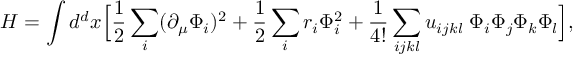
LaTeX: { \cal H } = \int d ^ { d } x \Bigl [ { \frac { 1 } { 2 } } \sum _ { i } ( \partial _ { \mu } \Phi _ { i } ) ^ { 2 } + { \frac { 1 } { 2 } } \sum _ { i } r _ { i } \Phi _ { i } ^ { 2 } + { \frac { 1 } { 4 ! } } \sum _ { i j k l } u _ { i j k l } \; \Phi _ { i } \Phi _ { j } \Phi _ { k } \Phi _ { l } \Bigr ] ,